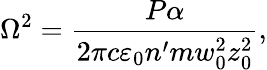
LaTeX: \Omega^{2}=\frac{P\alpha}{2\pi c\varepsilon_{0}n^{\prime}mw_{0}^{2}z_{0}^{2}},